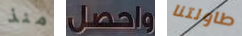
منذ واحصل طاولتنا